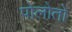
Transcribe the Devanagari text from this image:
पोलोतो